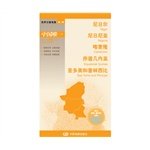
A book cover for World divided country Map Ethiopia Eritrea Somalia and Djibouti(Chinese Edition); ZHONG GUO DI TU CHU BAN SHE; Travel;